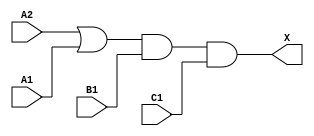
module sky130_fd_sc_hd__o211a (
    X ,
    A1,
    A2,
    B1,
    C1
);

    // Module ports
    output X ;
    input  A1;
    input  A2;
    input  B1;
    input  C1;

    // Module supplies
    supply1 VPWR;
    supply0 VGND;
    supply1 VPB ;
    supply0 VNB ;

    // Local signals
    wire or0_out   ;
    wire and0_out_X;

    //  Name  Output      Other arguments
    or  or0  (or0_out   , A2, A1         );
    and and0 (and0_out_X, or0_out, B1, C1);
    buf buf0 (X         , and0_out_X     );

endmodule